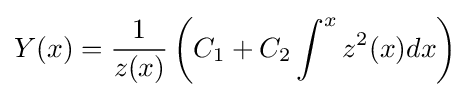
Y(x)={\frac {1}{z(x)}}\left(C_{1}+C_{2}\int ^{x}z^{2}(x)dx\right)